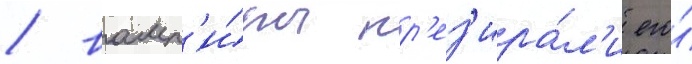
/ вамп'и́ры пр'ез'ира́л'и его́